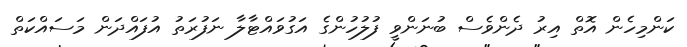
ކަންމިހެން އޮތް އިރު ދެންވެސް ބުނަންވީ ފުލުހުންގެ އަގުވައްޓާލާ ނަފުރަތު އުފައްދަން މަސައްކަތް